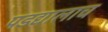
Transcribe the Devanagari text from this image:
पडद्यालाच